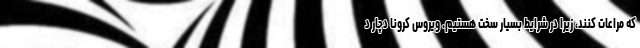
که مراعات کنند، زیرا در شرایط بسیار سخت هستیم. ویروس کرونا دچار د